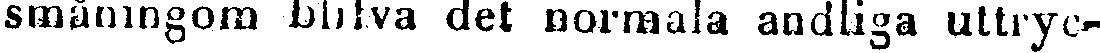
småningom blifva det normala andliga uttryc-